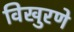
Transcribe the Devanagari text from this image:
विखुरणे